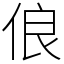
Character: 俍